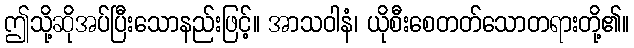
ဤသို့ဆိုအပ်ပြီးသောနည်းဖြင့်။ အာသဝါနံ၊ ယိုစီးစေတတ်သောတရားတို့၏။